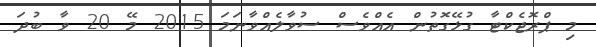
މި ޕްރޮޖެކްޓާ ގުޅޭގޮތުން އެއްވެސް ސުވާލެއްވާނަމަ 2015 މޭ 20 ވާ ބުދަ